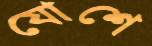
যোশে